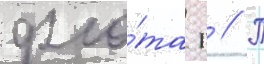
фло́та г // П